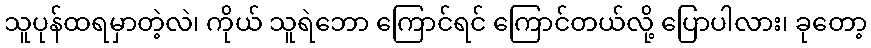
သူပုန်ထရမှာတဲ့လဲ၊ ကိုယ် သူရဲဘော ကြောင်ရင် ကြောင်တယ်လို့ ပြောပါလား၊ ခုတော့